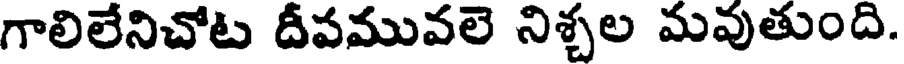
గాలిలేనిచోట దీపమువలె నిశ్చల మవుతుంది.